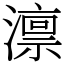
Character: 𪷤